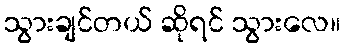
သွားချင်တယ် ဆိုရင် သွားလေ။